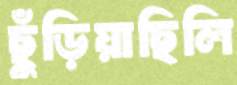
ছুঁড়িয়াছিলি